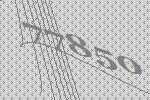
77850